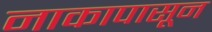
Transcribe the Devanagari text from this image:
नाकापासून